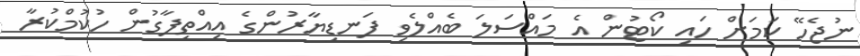
ނުޖެހޭ ކަމަށް ހައި ކޯޓުން އެ މައްސަލަ ބެއްލެވި ފަނޑިޔާރުންގެ އިއްތިފާގުން ހުކުމްކުރާ